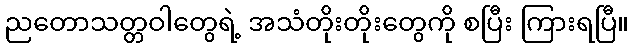
ညတောသတ္တဝါတွေရဲ့ အသံတိုးတိုးတွေကို စပြီး ကြားရပြီ။